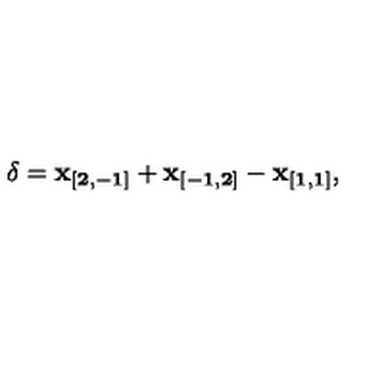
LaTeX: { \bf \delta } = { \bf x _ { [ 2 , - 1 ] } } + { \bf x _ { [ - 1 , 2 ] } } - { \bf x _ { [ 1 , 1 ] } } ,